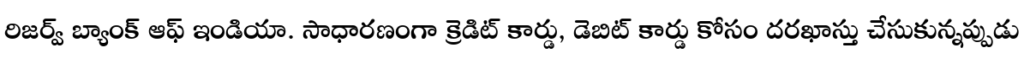
రిజర్వ్ బ్యాంక్ ఆఫ్ ఇండియా. సాధారణంగా క్రెడిట్ కార్డు, డెబిట్ కార్డు కోసం దరఖాస్తు చేసుకున్నప్పుడు